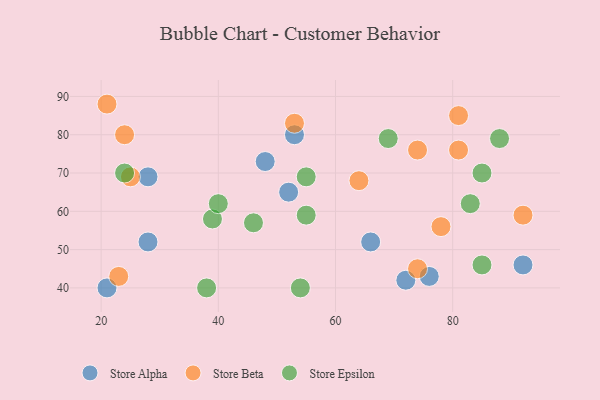
{"axis": {"x": "GDP", "y": "Life Expectancy"}, "legend": ["Store Alpha", "Store Beta", "Store Epsilon"], "data": [{"x": "92", "y": 46, "type": "Store Alpha"}, {"x": "28", "y": 69, "type": "Store Alpha"}, {"x": "21", "y": 40, "type": "Store Alpha"}, {"x": "28", "y": 52, "type": "Store Alpha"}, {"x": "66", "y": 52, "type": "Store Alpha"}, {"x": "52", "y": 65, "type": "Store Alpha"}, {"x": "53", "y": 80, "type": "Store Alpha"}, {"x": "72", "y": 42, "type": "Store Alpha"}, {"x": "48", "y": 73, "type": "Store Alpha"}, {"x": "76", "y": 43, "type": "Store Alpha"}, {"x": "81", "y": 76, "type": "Store Beta"}, {"x": "81", "y": 85, "type": "Store Beta"}, {"x": "21", "y": 88, "type": "Store Beta"}, {"x": "24", "y": 80, "type": "Store Beta"}, {"x": "78", "y": 56, "type": "Store Beta"}, {"x": "92", "y": 59, "type": "Store Beta"}, {"x": "64", "y": 68, "type": "Store Beta"}, {"x": "74", "y": 76, "type": "Store Beta"}, {"x": "53", "y": 83, "type": "Store Beta"}, {"x": "25", "y": 69, "type": "Store Beta"}, {"x": "74", "y": 45, "type": "Store Beta"}, {"x": "23", "y": 43, "type": "Store Beta"}, {"x": "39", "y": 58, "type": "Store Epsilon"}, {"x": "85", "y": 70, "type": "Store Epsilon"}, {"x": "24", "y": 70, "type": "Store Epsilon"}, {"x": "54", "y": 40, "type": "Store Epsilon"}, {"x": "88", "y": 79, "type": "Store Epsilon"}, {"x": "69", "y": 79, "type": "Store Epsilon"}, {"x": "55", "y": 69, "type": "Store Epsilon"}, {"x": "85", "y": 46, "type": "Store Epsilon"}, {"x": "83", "y": 62, "type": "Store Epsilon"}, {"x": "55", "y": 59, "type": "Store Epsilon"}, {"x": "38", "y": 40, "type": "Store Epsilon"}, {"x": "46", "y": 57, "type": "Store Epsilon"}, {"x": "40", "y": 62, "type": "Store Epsilon"}]}